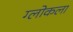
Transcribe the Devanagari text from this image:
ग्लोकला